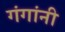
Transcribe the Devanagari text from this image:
गंगांनी